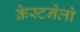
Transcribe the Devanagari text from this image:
क्रेस्टनेलो